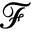
\mathcal { F }